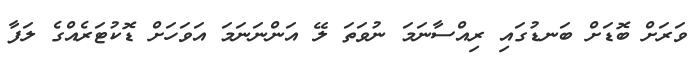
ވަރަށް ބޮޑަށް ބަނޑުގައި ރިއްސާނަމަ ނުވަތަ ލޭ އަންނަނަމަ އަވަހަށް ޑޮކުޓަރެއްގެ ލަފާ